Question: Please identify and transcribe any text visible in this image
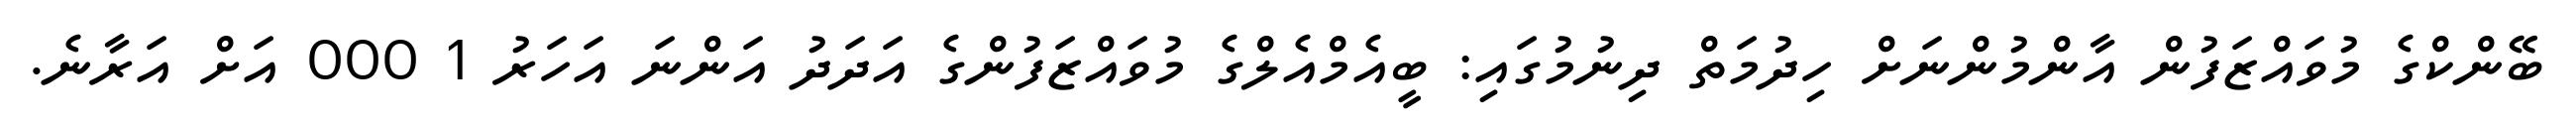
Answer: ބޭންކްގެ މުވައްޒަފުން އާންމުންނަށް ހިދުމަތް ދިނުމުގައި: ބީއެމްއެލްގެ މުވައްޒަފުންގެ އަދަދު އަންނަ އަހަރު 1 000 އަށް އަރާނެ.